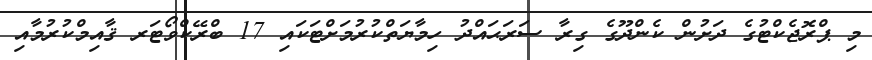
މި ޕްރޮޖެކްޓުގެ ދަށުން ކެންދޫގެ ގިރާ ސަރަޙައްދު ހިމާޔަތްކުރުމަށްޓަކައި 17 ބްރޭކްވޯޓަރ ޤާއިމްކުރުމާއި